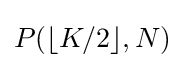
P(\lfloor K/2\rfloor ,N)